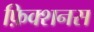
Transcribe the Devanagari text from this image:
फ़िक्शनस